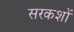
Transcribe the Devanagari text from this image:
सरकशों